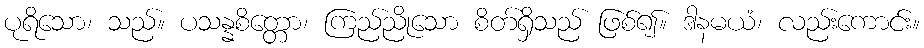
ပုရိသော၊ သည်။ ပသန္နစိတ္တော၊ ကြည်ညိုသော စိတ်ရှိသည် ဖြစ်၍။ ဒါနမယံ၊ လည်းကောင်း။